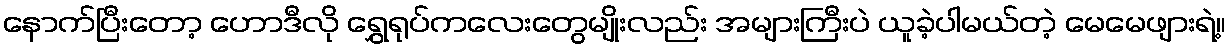
နောက်ပြီးတော့ ဟောဒီလို ရွှေရုပ်ကလေးတွေမျိုးလည်း အများကြီးပဲ ယူခဲ့ပါမယ်တဲ့ မေမေဖျားရဲ့။